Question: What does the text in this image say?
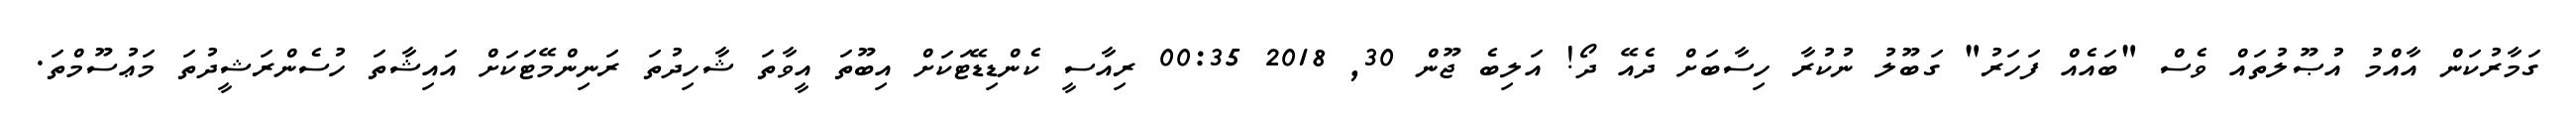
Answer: ގަމާރުކަން އާއްމު އުޞޫލުތައް ވެސް "ބައެއް ފަހަރު" ގަބޫލު ނުކުރާ ހިސާބަށް ދެއޭ ދޯ! އަލިބެ ޖޫން 30, 2018 00:35 ރިއާސީ ކެންޑިޑޭޓަކަށް އިބޫތަ އީވާތަ ޝާހިދުތަ ރަނިންމޭޓަކަށް އައިޝާތަ ހުސެންރަޝީދުތަ މަޢުސޫމްތަ.